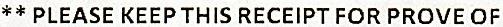
** PLEASE KEEP THIS RECEIPT FOR PROVE OF